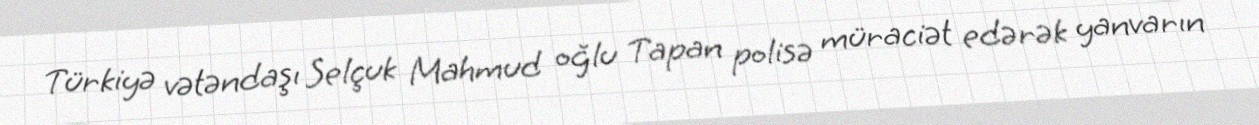
Türkiyə vətəndaşı Selçuk Mahmud oğlu Tapan polisə müraciət edərək yanvarın